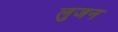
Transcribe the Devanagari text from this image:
लुजन